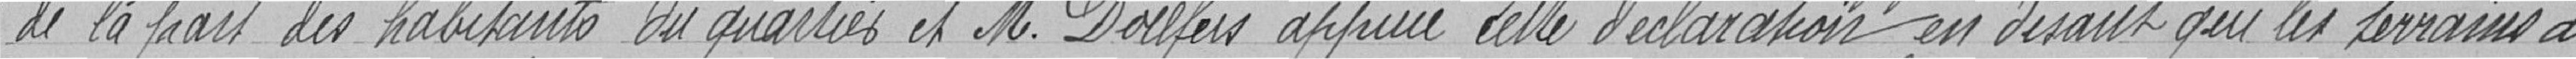
de la part des habitants du quartier et M.Dollfus appuie cette déclaration en disant que les terrains à